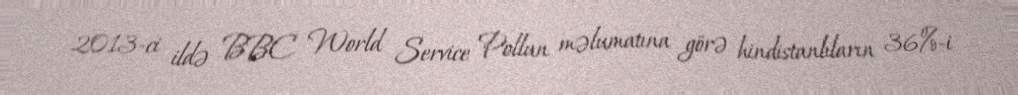
2013-ci ildə BBC World Service Pollun məlumatına görə hindistanlıların 36%-i